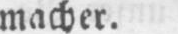
macher.